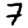
Digit: 7